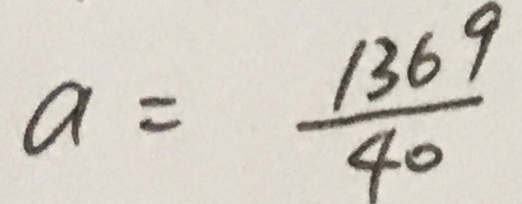
a = \frac { 1 3 6 9 } { 4 0 }